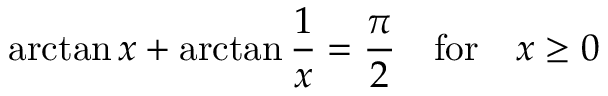
\arctan { x } + \arctan \frac { 1 } { x } = \frac { \pi } { 2 } ~ ~ ~ \mathrm { f o r } ~ ~ ~ x \ge 0